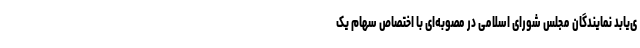
ی‌یابد نمایندگان مجلس شورای اسلامی در مصوبه‌ای با اختصاص سهام یک